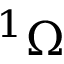
^ 1 \Omega